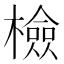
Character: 檢